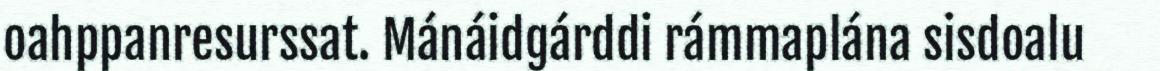
oahppanresurssat. Mánáidgárddi rámmaplána sisdoalu